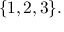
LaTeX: \{ 1 , 2 , 3 \} .